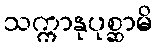
သက္ကာနုပုစ္ဆာမိ